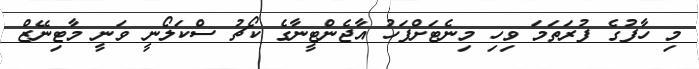
މި ހާފުގެ ފުރަތަމަ ވިހި މިނެޓަށްފަހު އާޖެންޓީނާގެ ކޯޗު ސްކަލޯނީ ވަނީ މާޓިނޭޒް